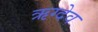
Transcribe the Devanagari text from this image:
ऋग्देव